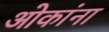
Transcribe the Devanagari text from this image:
ओकांना